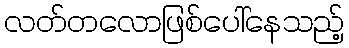
လတ်တလောဖြစ်ပေါ်နေသည့်